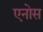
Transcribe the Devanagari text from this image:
एनोस